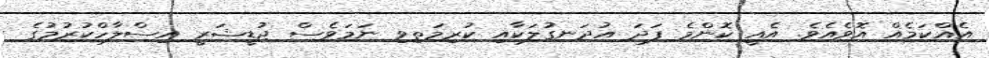
އެއްކަމެއް އޮވެއެވެ. އެއީ ކޮންމެ ފަދަ އުދަނގުލަކާއި ކުރިމަތިވި ނަމަވެސް ޖުޑީޝަރީ އިސްލާހްކުުރުމުގެ